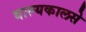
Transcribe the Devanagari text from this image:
बाल्यकालसे